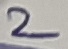
Text: 2